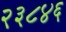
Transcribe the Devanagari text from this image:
२३८४६